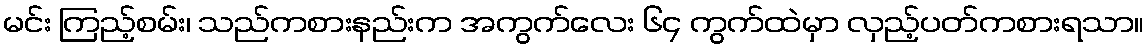
မင်း ကြည့်စမ်း၊ သည်ကစားနည်းက အကွက်လေး ၆၄ ကွက်ထဲမှာ လှည့်ပတ်ကစားရသာ။